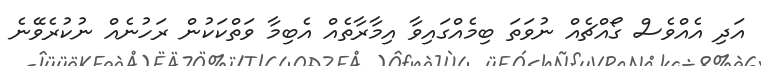
އަދި އެއްވެސް ގޯއްޗެއް ނުވަތަ ބިމެއްގައިވާ އިމާރާތެއް އެބިމާ ވަތްކަކުން ރަހުނެއް ނުކުރެވޭނެ